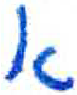
אות: א